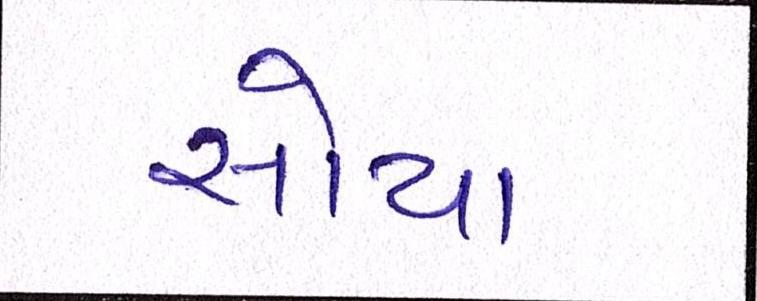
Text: સોયા